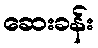
ဆေးခန်း